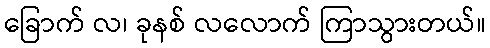
ခြောက် လ၊ ခုနစ် လလောက် ကြာသွားတယ်။